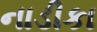
નાડીકા